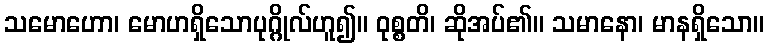
သမောဟော၊ မောဟရှိသောပုဂ္ဂိုလ်ဟူ၍။ ဝုစ္စတိ၊ ဆိုအပ်၏။ သမာနော၊ မာနရှိသော။